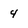
Character: 4